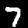
Digit: 7